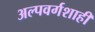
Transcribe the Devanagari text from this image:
अल्पवर्गशाही